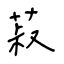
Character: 菽